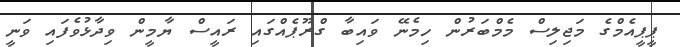
ޕީޕީއެމްގެ މަޖިލިސް މެމްބަރުން ހިމެނޭ ވައިބާ ގްރޫޕެއްގައި ރައީސް ޔާމީން ވިދާޅުވެފައި ވަނީ